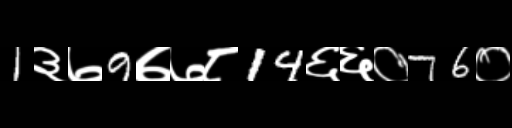
Text: 1३७9७७८14६६०76०